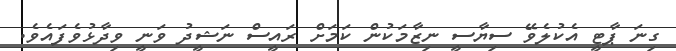
ގިނަ ޕާޓީ އެކުލެވޭ ސިޔާސީ ނިޒާމަކުން ކަމަށް ރައީސް ނަޝީދު ވަނީ ވިދާޅުވެފައެވެ.